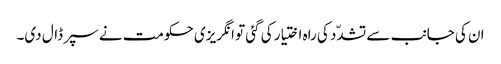
ان کی جانب سے تشدّد کی راہ اختیار کی گئی تو انگریزی حکومت نے سپر ڈال دی۔